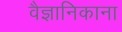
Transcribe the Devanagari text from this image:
वैज्ञानिकाना